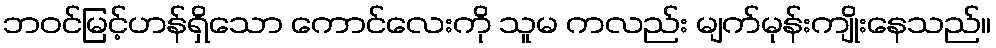
ဘဝင်မြင့်ဟန်ရှိသော ကောင်လေးကို သူမ ကလည်း မျက်မုန်းကျိုးနေသည်။